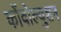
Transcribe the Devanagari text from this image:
कोंवोल्युशन